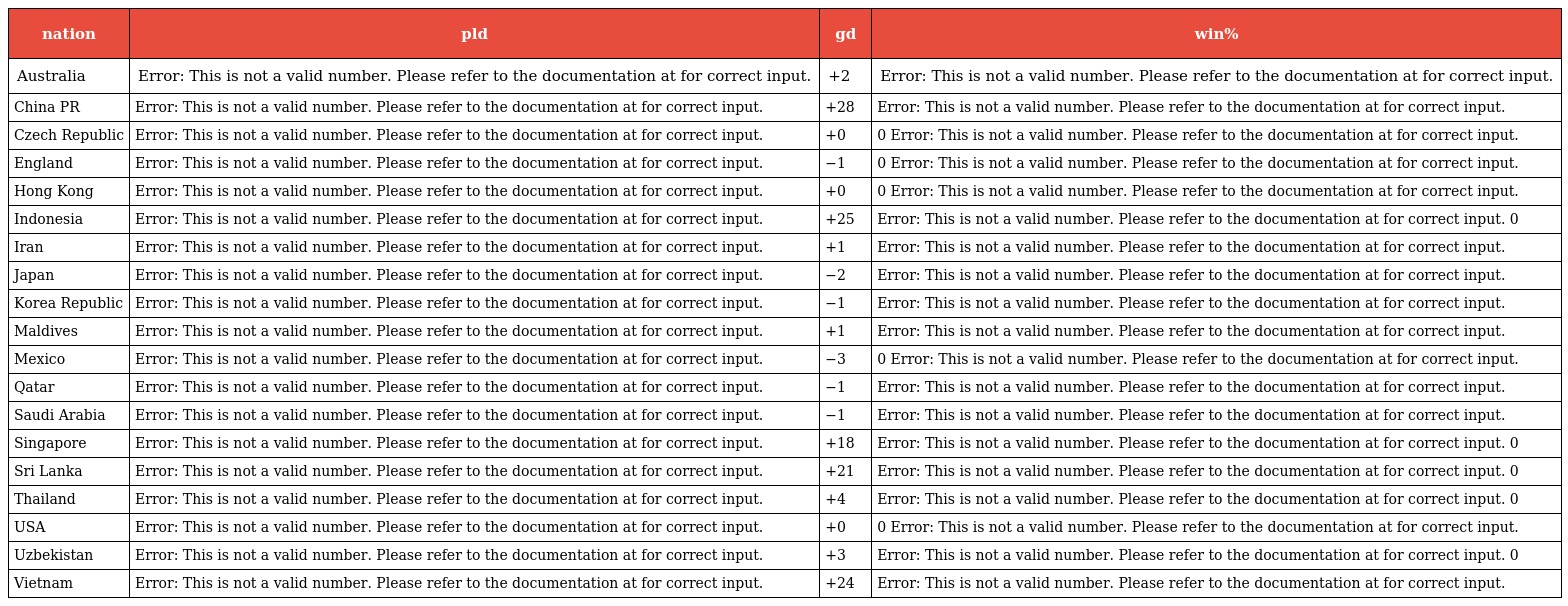
| nation | pld | gd | win% |
 | --- | --- | --- | --- |
 | Australia | Error: This is not a valid number. Please refer to the documentation at for correct input. | +2 | Error: This is not a valid number. Please refer to the documentation at for correct input. |
 | China PR | Error: This is not a valid number. Please refer to the documentation at for correct input. | +28 | Error: This is not a valid number. Please refer to the documentation at for correct input. |
 | Czech Republic | Error: This is not a valid number. Please refer to the documentation at for correct input. | +0 | 0 Error: This is not a valid number. Please refer to the documentation at for correct input. |
 | England | Error: This is not a valid number. Please refer to the documentation at for correct input. | −1 | 0 Error: This is not a valid number. Please refer to the documentation at for correct input. |
 | Hong Kong | Error: This is not a valid number. Please refer to the documentation at for correct input. | +0 | 0 Error: This is not a valid number. Please refer to the documentation at for correct input. |
 | Indonesia | Error: This is not a valid number. Please refer to the documentation at for correct input. | +25 | Error: This is not a valid number. Please refer to the documentation at for correct input. 0 |
 | Iran | Error: This is not a valid number. Please refer to the documentation at for correct input. | +1 | Error: This is not a valid number. Please refer to the documentation at for correct input. |
 | Japan | Error: This is not a valid number. Please refer to the documentation at for correct input. | −2 | Error: This is not a valid number. Please refer to the documentation at for correct input. |
 | Korea Republic | Error: This is not a valid number. Please refer to the documentation at for correct input. | −1 | Error: This is not a valid number. Please refer to the documentation at for correct input. |
 | Maldives | Error: This is not a valid number. Please refer to the documentation at for correct input. | +1 | Error: This is not a valid number. Please refer to the documentation at for correct input. |
 | Mexico | Error: This is not a valid number. Please refer to the documentation at for correct input. | −3 | 0 Error: This is not a valid number. Please refer to the documentation at for correct input. |
 | Qatar | Error: This is not a valid number. Please refer to the documentation at for correct input. | −1 | Error: This is not a valid number. Please refer to the documentation at for correct input. |
 | Saudi Arabia | Error: This is not a valid number. Please refer to the documentation at for correct input. | −1 | Error: This is not a valid number. Please refer to the documentation at for correct input. |
 | Singapore | Error: This is not a valid number. Please refer to the documentation at for correct input. | +18 | Error: This is not a valid number. Please refer to the documentation at for correct input. 0 |
 | Sri Lanka | Error: This is not a valid number. Please refer to the documentation at for correct input. | +21 | Error: This is not a valid number. Please refer to the documentation at for correct input. 0 |
 | Thailand | Error: This is not a valid number. Please refer to the documentation at for correct input. | +4 | Error: This is not a valid number. Please refer to the documentation at for correct input. 0 |
 | USA | Error: This is not a valid number. Please refer to the documentation at for correct input. | +0 | 0 Error: This is not a valid number. Please refer to the documentation at for correct input. |
 | Uzbekistan | Error: This is not a valid number. Please refer to the documentation at for correct input. | +3 | Error: This is not a valid number. Please refer to the documentation at for correct input. 0 |
 | Vietnam | Error: This is not a valid number. Please refer to the documentation at for correct input. | +24 | Error: This is not a valid number. Please refer to the documentation at for correct input. |